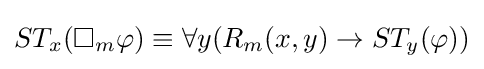
ST_{x}(\Box _{m}\varphi )\equiv \forall y(R_{m}(x,y)\rightarrow ST_{y}(\varphi ))